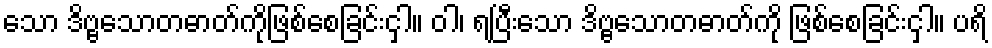
သော ဒိဗ္ဗသောတဓာတ်ကိုဖြစ်စေခြင်းငှါ။ ဝါ၊ ရပြီးသော ဒိဗ္ဗသောတဓာတ်ကို ဖြစ်စေခြင်းငှါ။ ပရိ